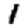
Digit: 1